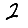
Digit: 2